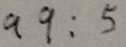
a q : 5